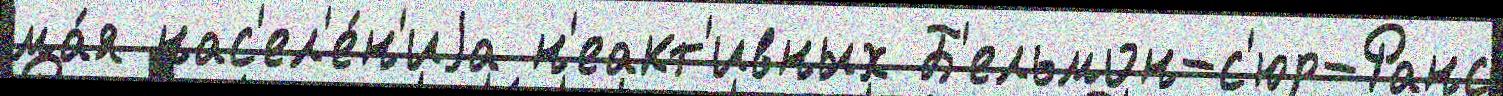
ма́я нас'ел'е́н'иjа н'еакт'ивных Б'ельмон-с'юр-Ранс